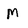
Character: M